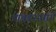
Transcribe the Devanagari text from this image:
आंबडसमार्गे